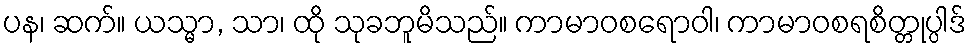
ပန၊ ဆက်။ ယသ္မာ, သာ၊ ထို သုခဘူမိသည်။ ကာမာဝစရောဝါ၊ ကာမာဝစရစိတ္တုပ္ပါဒ်